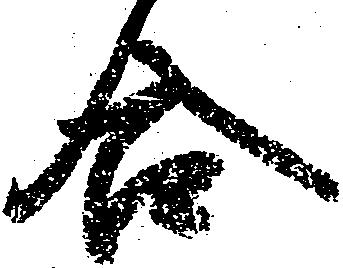
合